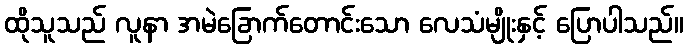
ထိုသူသည် လူနာ အမဲခြောက်တောင်းသော လေသံမျိုးနှင့် ပြောပါသည်။